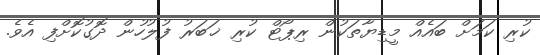
ކުރި ކަމަށް ބައެއް މީޑިޔާތަކުން ރިޕޯޓް ކުރި ޚަބަރު ފުލުހުން ދޮގުކޮށްފި އެވެ.